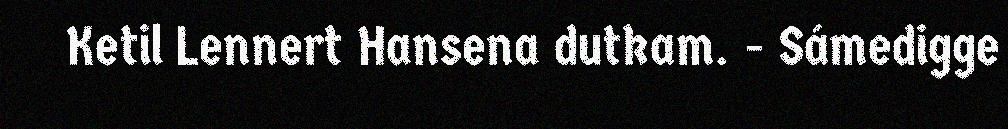
Ketil Lennert Hansena dutkam. - Sámedigge